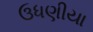
ઉધણીયા